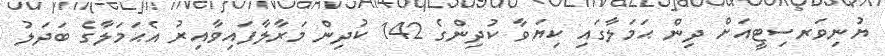
ޔުނިވަރސިޓީއަށް ދިން ޙަމަލާގައި ކިޔަވާ ކުދިންގެ 142 ކުދިން މަރާލާފައިވާއިރު އެޙަމަލާގެ ބަދަލު